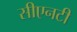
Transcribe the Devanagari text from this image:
सीएनटी